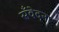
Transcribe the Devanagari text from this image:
सँवेदना